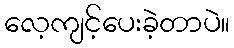
လေ့ကျင့်ပေးခဲ့တာပဲ။